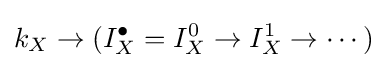
k_{X}\to (I_{X}^{\bullet }=I_{X}^{0}\to I_{X}^{1}\to \cdots )